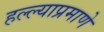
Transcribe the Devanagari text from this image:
हल्ल्याप्रमाणे